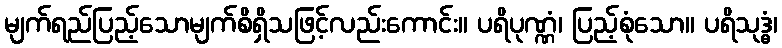
မျက်ရည်ပြည့်သောမျက်စိရှိသဖြင့်လည်းကောင်း။ ပရိပုဏ္ဏံ၊ ပြည့်စုံသော။ ပရိသုဒ္ဓံ၊